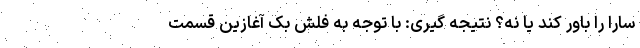
سارا را باور کند یا نه؟ نتیجه گیری: با توجه به فلش بک آغازین قسمت